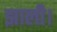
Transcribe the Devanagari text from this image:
झाली।